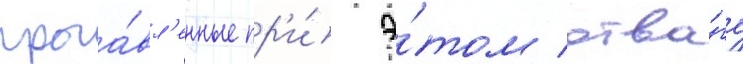
проа́вл'енные пр'и́ э́том отва́гу